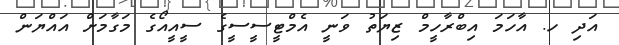
އަދި ހ. އާހަމަ އިބްރާހީމް ޒިޔަތު ވަނީ އެމްޓީސީސީގެ ސީއީއޯގެ މަގާމަށް އައްޔަން